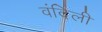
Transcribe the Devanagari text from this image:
वंदिली